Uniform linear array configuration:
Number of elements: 4
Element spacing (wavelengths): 0.5
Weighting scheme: binomial
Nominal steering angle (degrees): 30
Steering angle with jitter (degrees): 28.605
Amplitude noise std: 0.05
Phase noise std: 0.05

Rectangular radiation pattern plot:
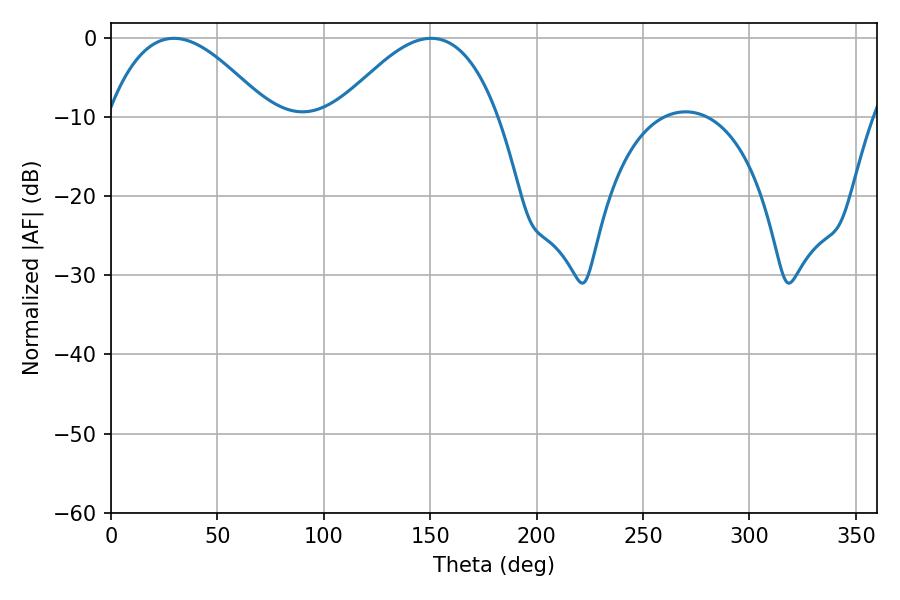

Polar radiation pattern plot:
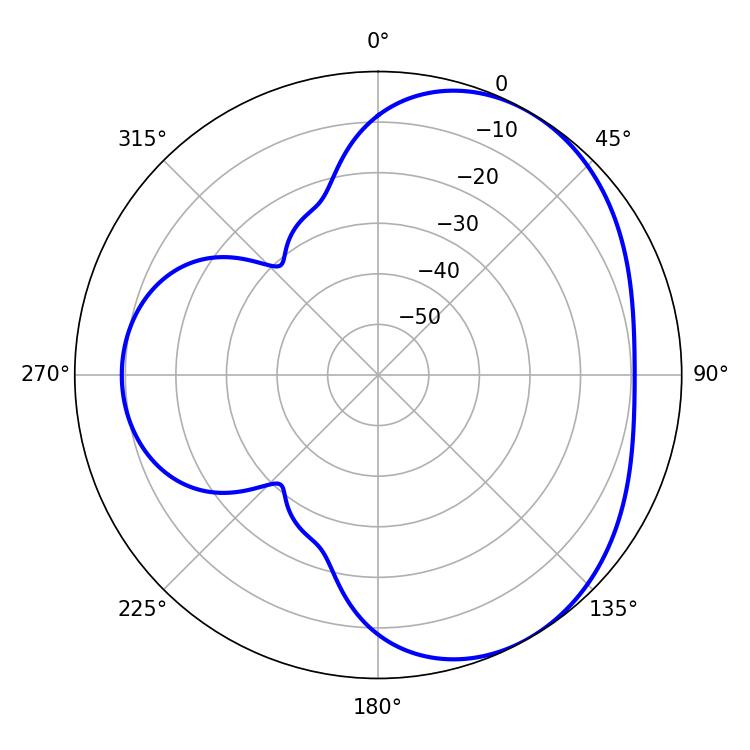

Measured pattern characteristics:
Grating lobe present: FALSE
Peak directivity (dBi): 4.02
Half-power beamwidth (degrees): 41.22
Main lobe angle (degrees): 29.52